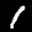
Label: 1